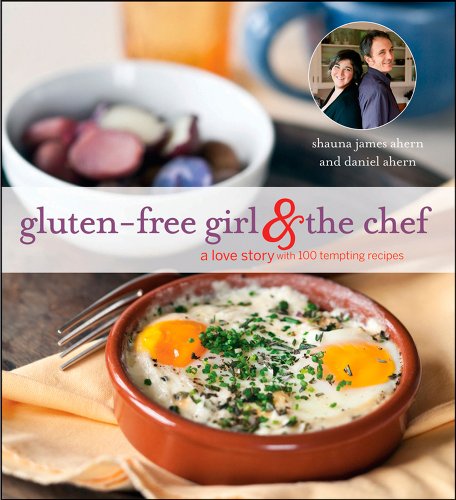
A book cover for Gluten-Free Girl and the Chef: A Love Story with 100 Tempting Recipes; Daniel Ahern; Health, Fitness & Dieting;